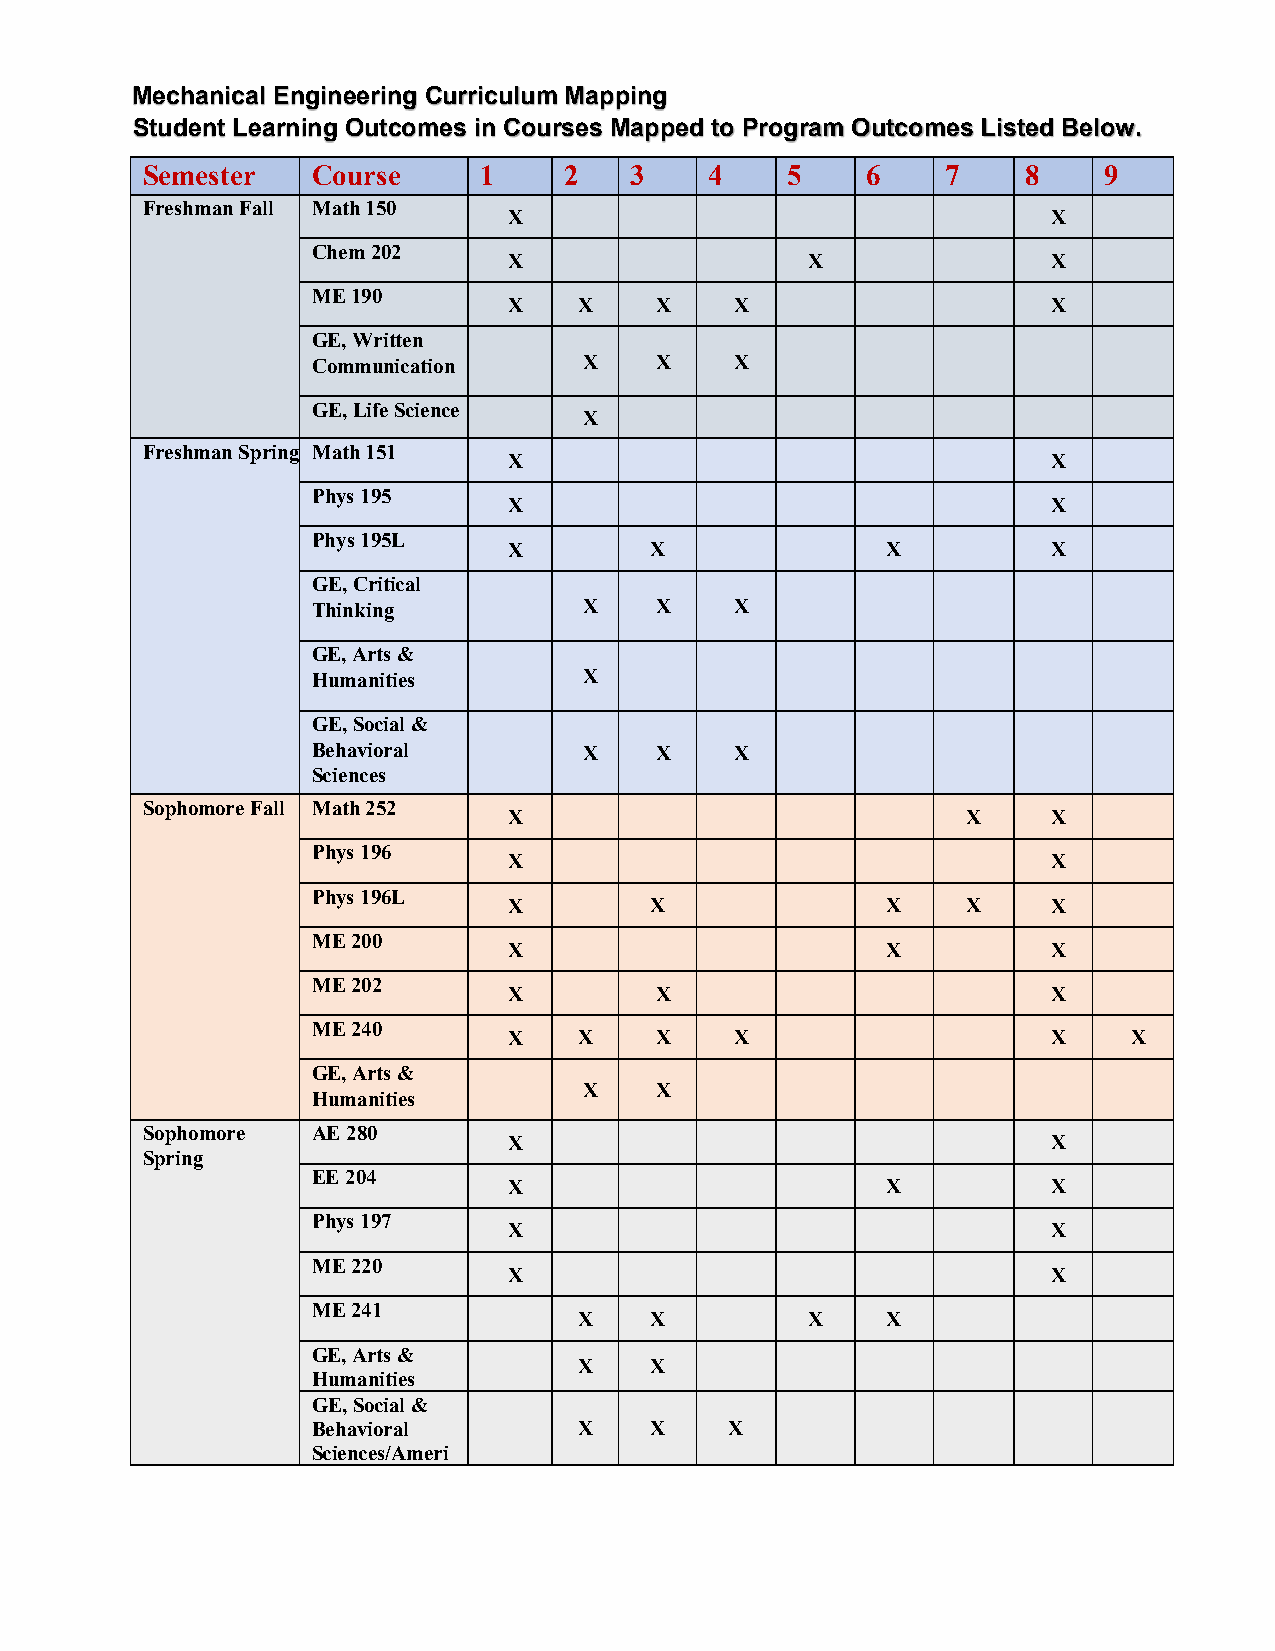
Mechanical Engineering Curriculum Mapping
 Student Learning Outcomes in Courses Mapped to Program Outcomes Listed Below.
 Semester    Course     1    2    3    4    5    6     7    8    9
 Freshman Fall Math 150
 X                                   X
 Chem 202
 X                  X                X
 ME 190
 X   X    X     X                    X
 GE, Written
 Communication     X   X     X
 GE, Life Science
 X
 Freshman Spring Math 151
 X                                   X
 Phys 195
 X                                   X
 Phys 195L
 X        X               X          X
 GE, Critical
 Thinking          X   X     X
 GE, Arts &
 Humanities        X
 GE, Social &
 Behavioral        X   X     X
 Sciences
 Sophomore Fall Math 252
 X                             X     X
 Phys 196
 X                                   X
 Phys 196L
 X        X               X    X     X
 ME 200
 X                        X          X
 ME 202
 X        X                          X
 ME 240
 X   X    X     X                    X    X
 GE, Arts &
 X   X
 Humanities
 Sophomore   AE 280
 X                                   X
 Spring
 EE 204
 X                        X          X
 Phys 197
 X                                   X
 ME 220
 X                                   X
 ME 241
 X    X         X     X
 GE, Arts &
 X    X
 Humanities
 GE, Social &
 Behavioral       X    X    X
 Sciences/Ameri